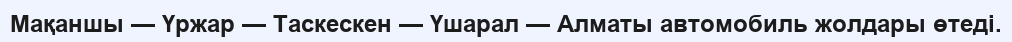
Мақаншы — Үржар — Таскескен — Үшарал — Алматы автомобиль жолдары өтеді.